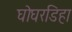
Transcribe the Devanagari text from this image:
घोघरडिहा